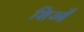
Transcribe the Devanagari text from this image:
शिआँ